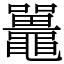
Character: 鼉